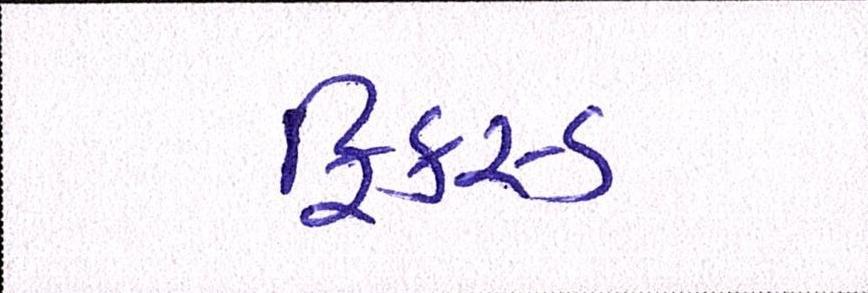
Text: ફિકસ્ડ